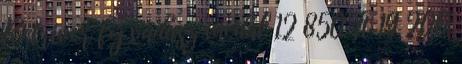
Retriver fej vadász medál 12 850 Ft 19 200